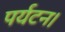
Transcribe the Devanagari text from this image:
पर्यटन।